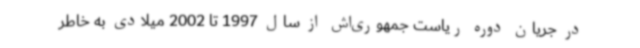
در جریان دوره ریاست جمهوری‌اش از سال 1997 تا 2002 میلادی به خاطر